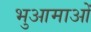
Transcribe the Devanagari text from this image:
भुआमाओं